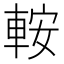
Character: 𨋴